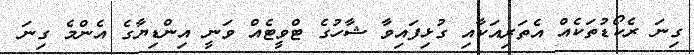
ގިނަ ރެކޯޑުތަކެއް އެތަރިއަކާއި ގުޅިފައިވާ ޝާހުގެ ޓްވީޓެއް ވަނީ އިންޑިޔާގެ އެންމެ ގިނަ